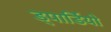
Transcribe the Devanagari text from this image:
ड्पार्डियो